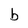
Character: b